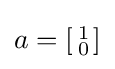
a=\left[{\begin{smallmatrix}1\\0\end{smallmatrix}}\right]